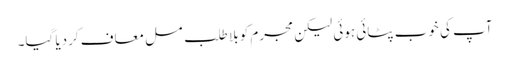
آپ کی خوب پٹائی ہوئی لیکن مجرم کو بلا طلب مسل معاف کردیا گیا۔